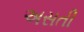
અસતી